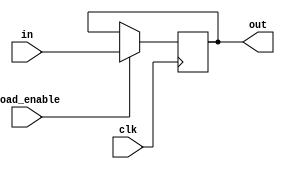
module register_32_bit(output reg[31:0] out,
                       input[31:0] in,
                       input load_enable,
                       clk);

always @(posedge clk)
    if (load_enable) out <= in;
endmodule